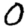
Digit: 0